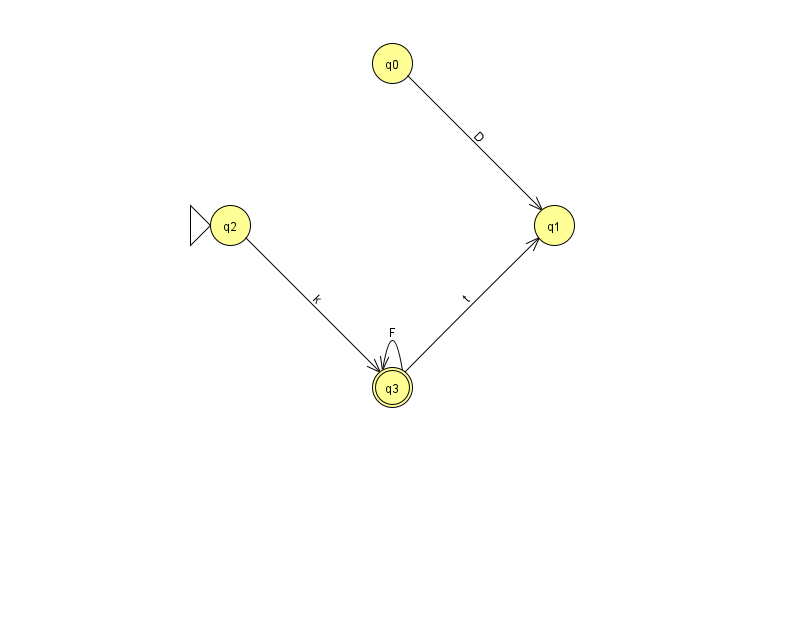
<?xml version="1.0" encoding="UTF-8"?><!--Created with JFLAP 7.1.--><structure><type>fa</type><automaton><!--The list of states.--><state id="0" name="q0"><x>392.0</x><y>50.0</y></state><state id="1" name="q1"><x>554.0</x><y>212.0</y></state><state id="2" name="q2"><x>230.0</x><y>212.0</y><initial/></state><state id="3" name="q3"><x>392.0</x><y>374.0</y><final/></state><!--The list of transitions.--><transition><from>0</from><to>1</to><read>D</read></transition><transition><from>3</from><to>3</to><read>F</read></transition><transition><from>2</from><to>3</to><read>k</read></transition><transition><from>3</from><to>1</to><read>t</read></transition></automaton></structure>